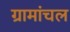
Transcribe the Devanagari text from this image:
ग्रामांचल